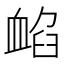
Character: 䘓